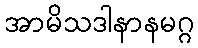
အာမိသဒါနာနမဂ္ဂ